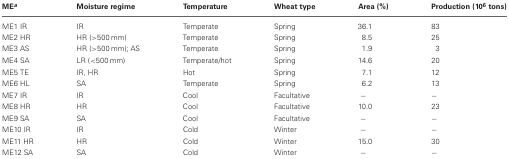
<table><thead><tr><td><b>ME<sup><i>a</i></sup></b></td><td><b>Moisture regime</b></td><td><b>Temperature</b></td><td><b>Wheat type</b></td><td><b>Area (%)</b></td><td><b>Production (10<sup>6</sup> tons)</b></td></tr></thead><tbody><tr><td>ME1 IR</td><td>IR</td><td>Temperate</td><td>Spring</td><td>36.1</td><td>83</td></tr><tr><td>ME2 HR</td><td>HR (&gt;500 mm)</td><td>Temperate</td><td>Spring</td><td>8.5</td><td>25</td></tr><tr><td>ME3 AS</td><td>HR (&gt;500 mm); AS</td><td>Temperate</td><td>Spring</td><td>1.9</td><td>3</td></tr><tr><td>ME4 SA</td><td>LR (&lt;500 mm)</td><td>Temperate/hot</td><td>Spring</td><td>14.6</td><td>20</td></tr><tr><td>ME5 TE</td><td>IR, HR</td><td>Hot</td><td>Spring</td><td>7.1</td><td>12</td></tr><tr><td>ME6 HL</td><td>SA</td><td>Temperate</td><td>Spring</td><td>6.2</td><td>13</td></tr><tr><td>ME7 IR</td><td>IR</td><td>Cool</td><td>Facultative</td><td>−</td><td>−</td></tr><tr><td>ME8 HR</td><td>HR</td><td>Cool</td><td>Facultative</td><td>10.0</td><td>23</td></tr><tr><td>ME9 SA</td><td>SA</td><td>Cool</td><td>Facultative</td><td>−</td><td>−</td></tr><tr><td>ME10 IR</td><td>IR</td><td>Cold</td><td>Winter</td><td>−</td><td>−</td></tr><tr><td>ME11 HR</td><td>HR</td><td>Cold</td><td>Winter</td><td>15.0</td><td>30</td></tr><tr><td>ME12 SA</td><td>SA</td><td>Cold</td><td>Winter</td><td>−</td><td>−</td></tr></tbody></table>